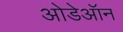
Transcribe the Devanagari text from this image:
ओडेऑन